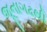
જૂનાગઢથી